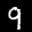
Label: 9